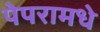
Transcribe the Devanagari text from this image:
पेपरामधे